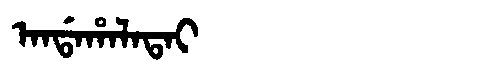
Manchu: ᠠᠨᡩᠠᡥᠠᠯᠠᡨᠠᡳ
Romanization: ANDAHALATAI